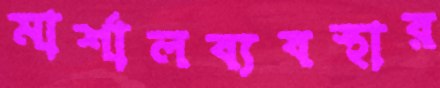
মার্শালব্যবস্থার